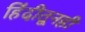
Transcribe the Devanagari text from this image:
हिंदीतूनही